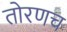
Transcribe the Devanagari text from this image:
तोरणच